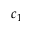
c _ { 1 }